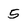
Character: 5